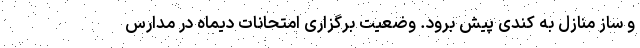
و ساز منازل به کندی پیش برود. وضعیت برگزاری امتحانات دیماه در مدارس